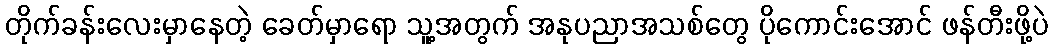
တိုက်ခန်းလေးမှာနေတဲ့ ခေတ်မှာရော သူ့အတွက် အနုပညာအသစ်တွေ ပိုကောင်းအောင် ဖန်တီးဖို့ပဲ